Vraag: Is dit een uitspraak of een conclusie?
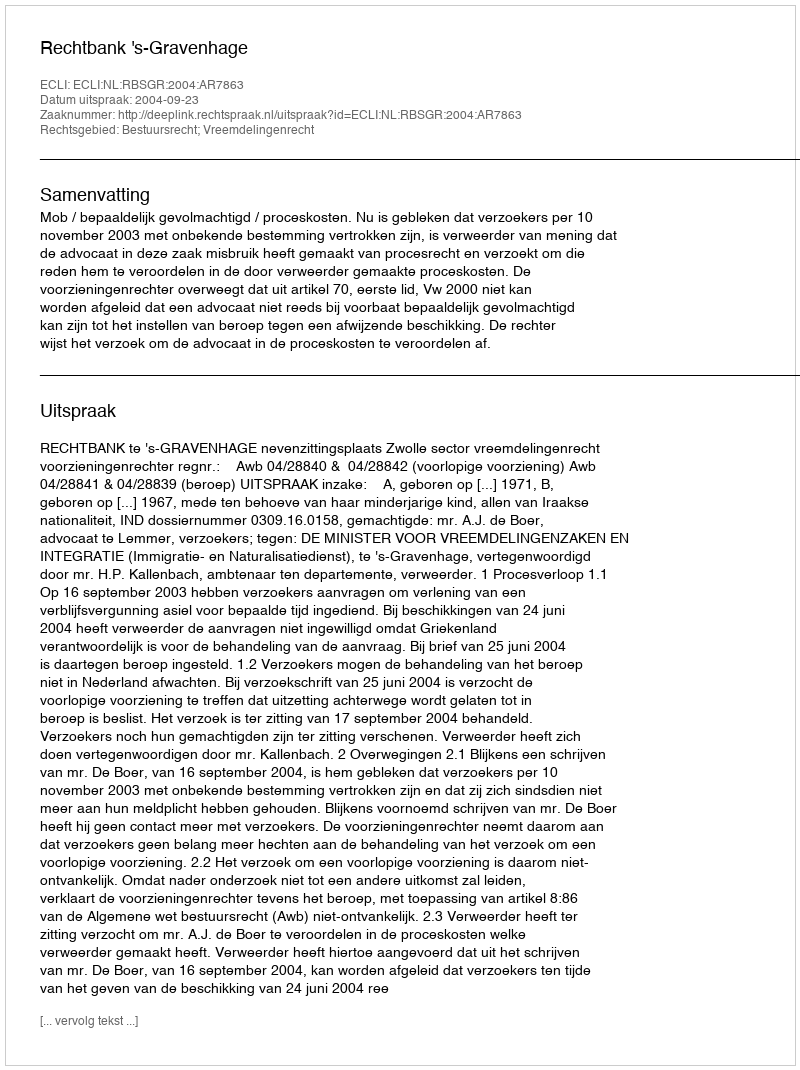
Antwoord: Uitspraak